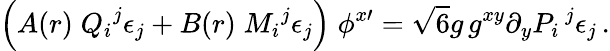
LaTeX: \Big(A(r)\; {Q_{i}}^{j}\epsilon_{j}+B(r)\; {M_{i}}^{j}\epsilon_{j}\Big)\; \phi^{x\prime}=\sqrt{6}g\, g^{xy}\partial_{y}P_{i}\, ^{j}\epsilon_{j}\, .